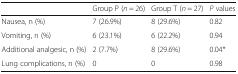
|  | Group P (n = 26) | Group T (n = 27) | P values |
 | --- | --- | --- | --- |
 | Nausea, n (%) | 7 (26.9%) | 8 (29.6%) | 0.82 |
 | Vomiting, n (%) | 6 (23.1%) | 6 (22.2%) | 0.94 |
 | Additional analgesic, n (%) | 2 (7.7%) | 8 (29.6%) | 0.04* |
 | Lung complications, n (%) | 0 | 0 | 0.98 |